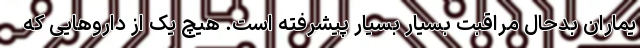
یماران بدحال مراقبت بسیار بسیار پیشرفته است. هیچ یک از داروهایی که